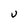
Character: U